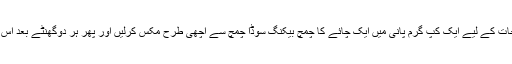
اس تکلیف سے فوری نجات کے لیے ایک کپ گرم پانی میں ایک چائے کا چمچ بیکنگ سوڈا چمچ سے اچھی طرح مکس کرلیں اور پھر ہر دوگھنٹے بعد اس محلول سے کلیاں کریں۔